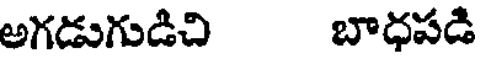
అగడుగుడిచి బాధపడి